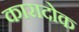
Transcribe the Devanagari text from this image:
कारादोक